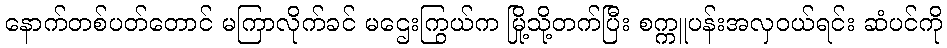
နောက်တစ်ပတ်တောင် မကြာလိုက်ခင် မဌေးကြွယ်က မြို့သို့တက်ပြီး စက္ကူပန်းအလှဝယ်ရင်း ဆံပင်ကို